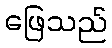
ဖြေသည်